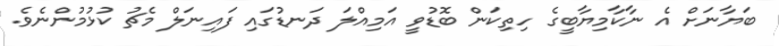
ބަޔާނަށް އެ ނާކާމިޔާބީގެ ހިތިކަން ބޮޑުވީ އަމިއްލަ ދަނޑުގައި ފައިނަލް މެޗު ކުޅުމުންނެވެ.